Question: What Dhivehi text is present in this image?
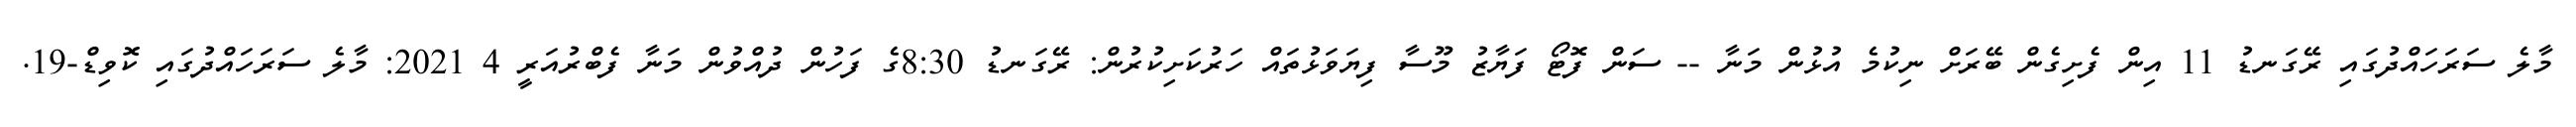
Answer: މާލެ ސަރަހައްދުގައި ރޭގަނޑު 11 އިން ފެށިގެން ބޭރަށް ނިކުމެ އުޅުން މަނާ -- ސަން ފޮޓޯ ފަޔާޒު މޫސާ ފިޔަވަޅުތައް ހަރުކަށިކުރުން: ރޭގަނޑު 8:30ގެ ފަހުން ދުއްވުން މަނާ ފެބްރުއަރީ 4 2021: މާލެ ސަރަހައްދުގައި ކޮވިޑް-19.